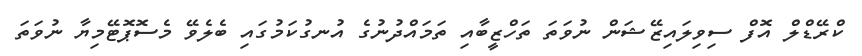
ކްރޭޑްލް އޮފް ސިވިލައިޒޭޝަން ނުވަތަ ތަހްޒީބާއި ތަމައްދުނުގެ އުނގުކަމުގައި ބެލެވޭ މެސޮޕޮޓޭމިޔާ ނުވަތަ